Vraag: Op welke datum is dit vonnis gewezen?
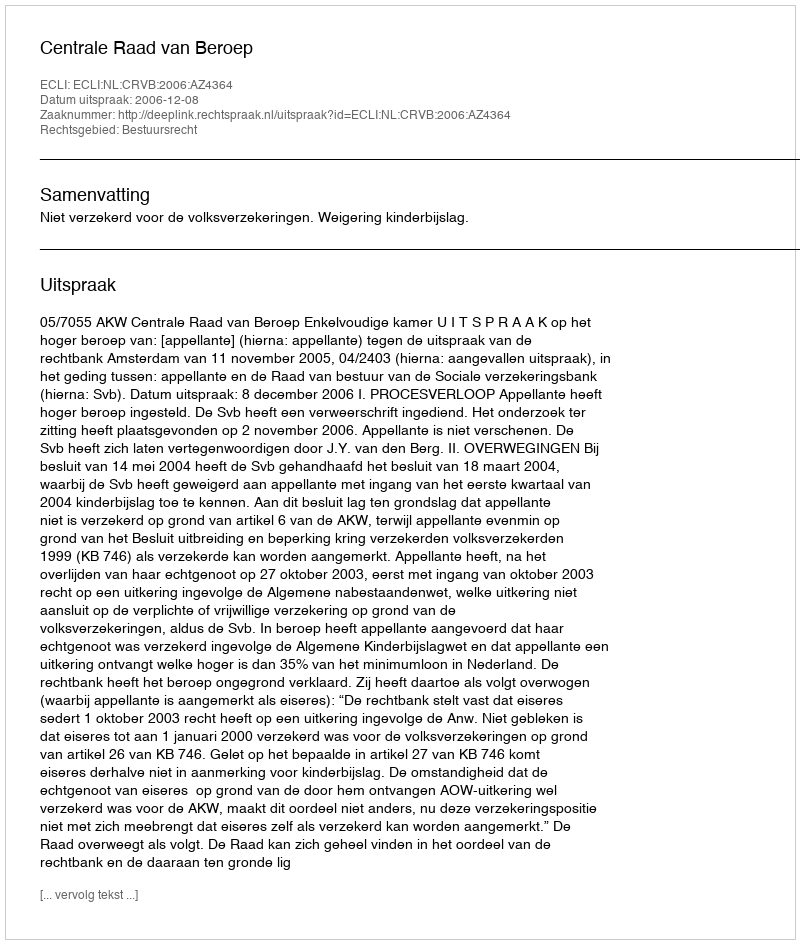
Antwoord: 2006-12-08